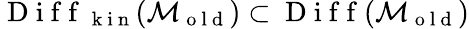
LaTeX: \mathrm{~D~i~f~f~}_{\mathrm{~k~i~n~}}(\mathcal{M}_{\mathrm{~o~l~d~}})\subset\mathrm{~D~i~f~f~}(\mathcal{M}_{\mathrm{~o~l~d~}})